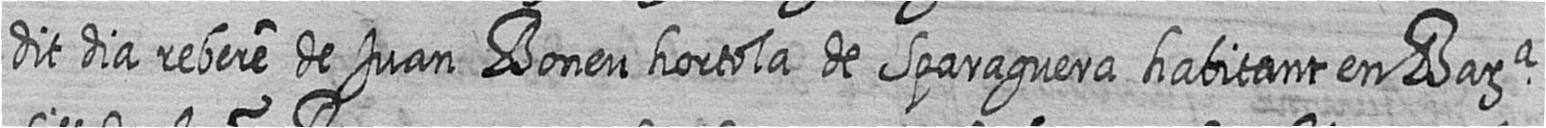
dit dia rebere de Juan Boneu hortola de Sparaguera habitant en Bara